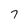
Character: 7